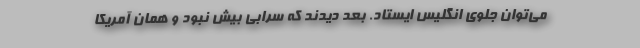
می‌توان جلوی انگلیس ایستاد. بعد دیدند که سرابی بیش نبود و همان آمریکا